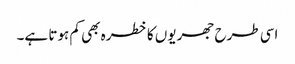
اسی طرح جھریوں کا خطرہ بھی کم ہوتا ہے۔